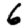
Digit: 6